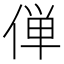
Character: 𫢸